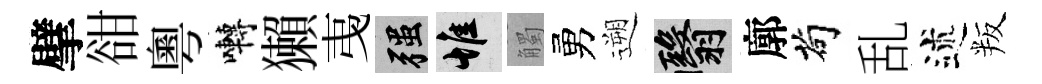
擘𧮳粵囀獺𢎯强惟觸勇遡翳廓茍乱述叛